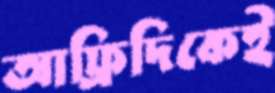
আফ্রিদিকেই